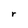
Character: r